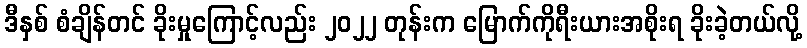
ဒီနှစ် စံချိန်တင် ခိုးမှုကြောင့်လည်း ၂၀၂၂ တုန်းက မြောက်ကိုရီးယားအစိုးရ ခိုးခဲ့တယ်လို့